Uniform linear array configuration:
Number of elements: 12
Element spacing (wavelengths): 0.5
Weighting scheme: cosine
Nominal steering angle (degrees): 15
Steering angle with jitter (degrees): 14.325
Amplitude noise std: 0.05
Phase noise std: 0.05

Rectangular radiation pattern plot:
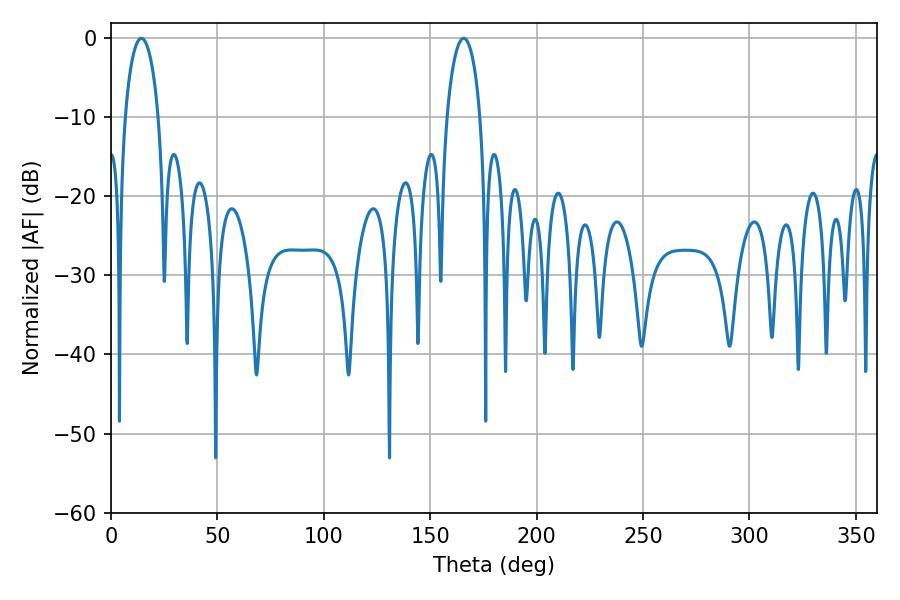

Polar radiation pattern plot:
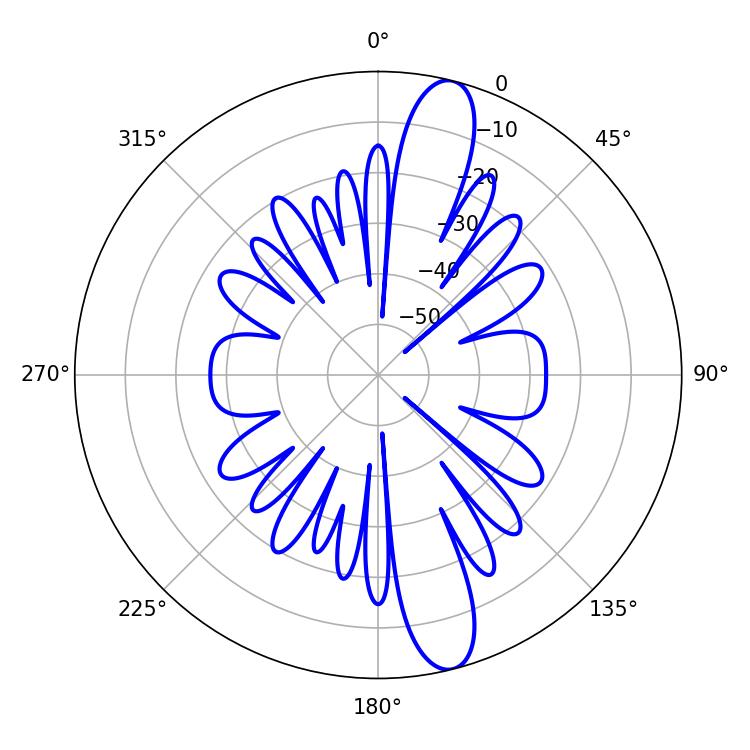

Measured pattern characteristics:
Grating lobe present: FALSE
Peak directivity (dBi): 13.754
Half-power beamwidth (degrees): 8.82
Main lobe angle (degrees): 14.22